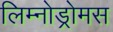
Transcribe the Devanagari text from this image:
लिम्नोड्रोमस